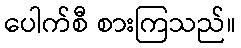
ပေါက်စီ စားကြသည်။